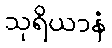
သုရိယာနံ